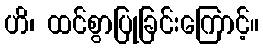
ဟိ၊ ထင်စွာပြုခြင်းကြောင့်။